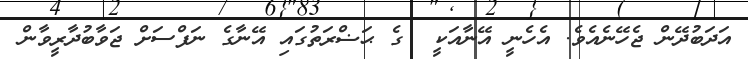
އަދަބުދޭން ޖެހޭނެއެވެ. އެހެނީ އޭނާއަކީ  ގެ ޙަޟްރަތުގައި އޭނާގެ ނަފްސަށް ޖަވާބުދާރީވާން